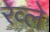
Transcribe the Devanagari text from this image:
रव्ले